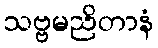
သဗ္ဗမညိတာနံ